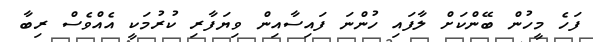
ފަހެ މީހުން ބޭންކަށް ލާފައި ހުންނަ ފައިސާއިން ވިޔަފާރި ކުރުމަކީ އެއްވެސް ރިބާ